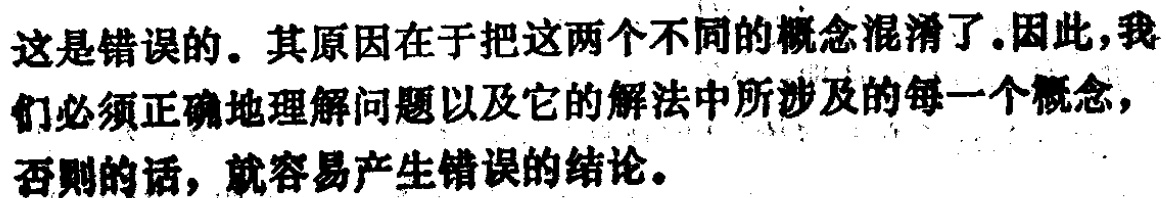
这是错误的。其原因在于把这两个不同的概念混淆了.因此,我们必须正确地理解问题以及它的解法中所涉及的每一个概念,否则的话, 就容易产生错误的结论。